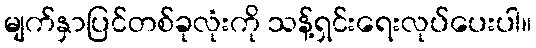
မျက်နှာပြင်တစ်ခုလုံးကို သန့်ရှင်းရေးလုပ်ပေးပါ။